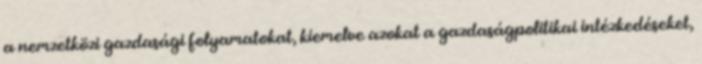
a nemzetközi gazdasági folyamatokat, kiemelve azokat a gazdaságpolitikai intézkedéseket,